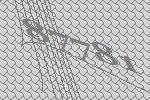
87781